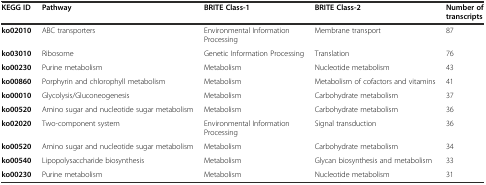
<table><thead><tr><td><b>KEGG ID</b></td><td><b>Pathway</b></td><td><b>BRITE Class-1</b></td><td><b>BRITE Class-2</b></td><td><b>Number of transcripts</b></td></tr></thead><tbody><tr><td><b>ko02010</b></td><td>ABC transporters</td><td>Environmental Information Processing</td><td>Membrane transport</td><td>87</td></tr><tr><td><b>ko03010</b></td><td>Ribosome</td><td>Genetic Information Processing</td><td>Translation</td><td>76</td></tr><tr><td><b>ko00230</b></td><td>Purine metabolism</td><td>Metabolism</td><td>Nucleotide metabolism</td><td>43</td></tr><tr><td><b>ko00860</b></td><td>Porphyrin and chlorophyll metabolism</td><td>Metabolism</td><td>Metabolism of cofactors and vitamins</td><td>41</td></tr><tr><td><b>ko00010</b></td><td>Glycolysis/Gluconeogenesis</td><td>Metabolism</td><td>Carbohydrate metabolism</td><td>37</td></tr><tr><td><b>ko00520</b></td><td>Amino sugar and nucleotide sugar metabolism</td><td>Metabolism</td><td>Carbohydrate metabolism</td><td>36</td></tr><tr><td><b>ko02020</b></td><td>Two-component system</td><td>Environmental Information Processing</td><td>Signal transduction</td><td>36</td></tr><tr><td><b>ko00520</b></td><td>Amino sugar and nucleotide sugar metabolism</td><td>Metabolism</td><td>Carbohydrate metabolism</td><td>34</td></tr><tr><td><b>ko00540</b></td><td>Lipopolysaccharide biosynthesis</td><td>Metabolism</td><td>Glycan biosynthesis and metabolism</td><td>33</td></tr><tr><td><b>ko00230</b></td><td>Purine metabolism</td><td>Metabolism</td><td>Nucleotide metabolism</td><td>31</td></tr></tbody></table>